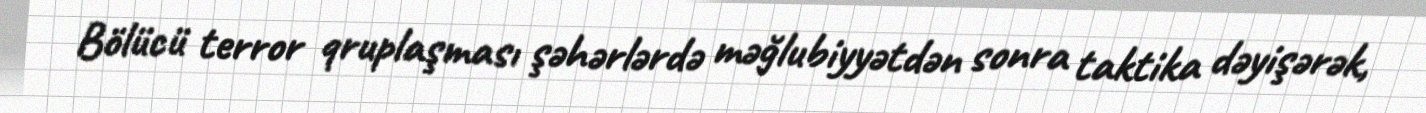
Bölücü terror qruplaşması şəhərlərdə məğlubiyyətdən sonra taktika dəyişərək,